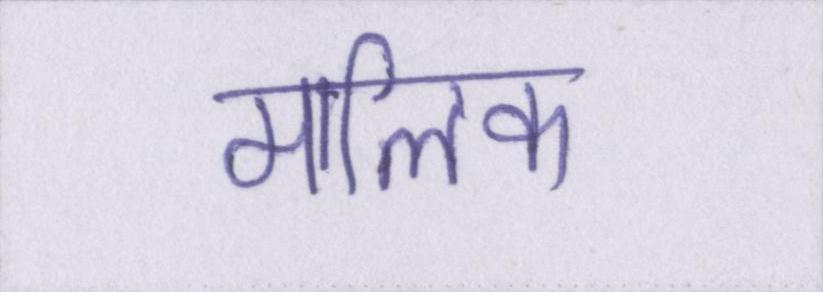
मालिक